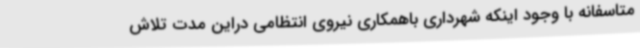
متاسفانه با وجود اینکه شهرداری باهمکاری نیروی انتظامی دراین مدت تلاش